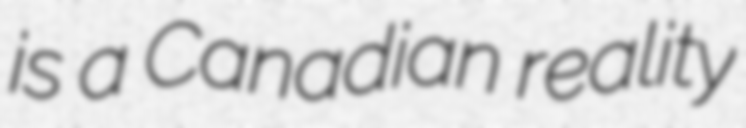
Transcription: is a Canadian reality